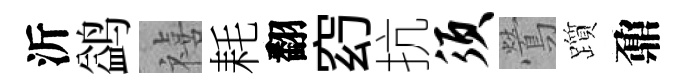
沂鹢禧耗翻𥥆抗须鶯躓鼐